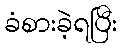
ခံစားခဲ့ရပြီး